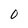
Character: 0